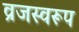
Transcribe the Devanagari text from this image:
व्रजस्वरूप